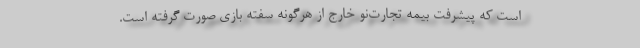
است که پیشرفت بیمه تجارت‌نو خارج از هرگونه سفته بازی صورت گرفته است.